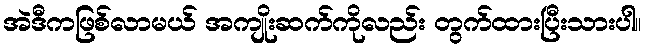
အဲဒီကဖြစ်လာမယ် အကျိုးဆက်ကိုလည်း တွက်ထားပြီးသားပါ။